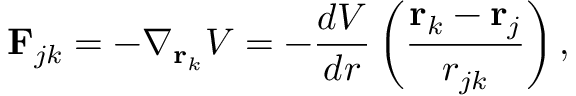
\mathbf { F } _ { j k } = - \nabla _ { \mathbf { r } _ { k } } V = - { \frac { d V } { d r } } \left( { \frac { \mathbf { r } _ { k } - \mathbf { r } _ { j } } { r _ { j k } } } \right) ,